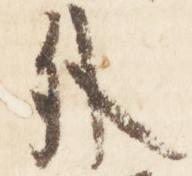
外